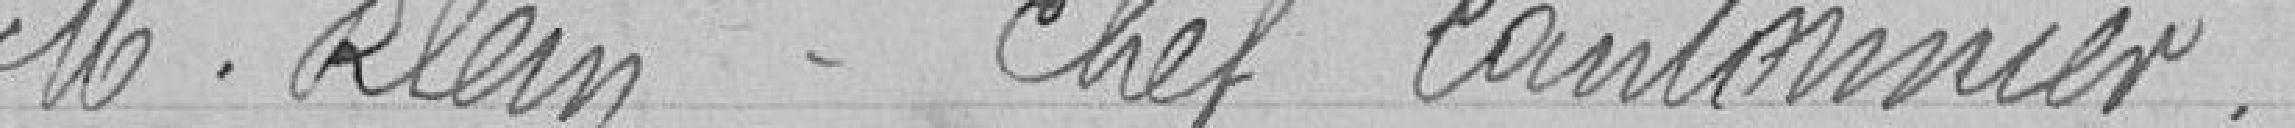
Monsieur KLEIN  - Chef cantonnier